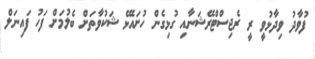
ފުވާދު ވިދާޅުވީ ރީ ރެޖިސްޓްރޭޝަނާއި ގުޅިގެން ހުށައެޅޭ ޝަކުވާތަށް ބެލުމަށް ފަހު ފައިނަލް